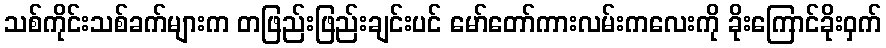
သစ်ကိုင်းသစ်ခက်များက တဖြည်းဖြည်းချင်းပင် မော်တော်ကားလမ်းကလေးကို ခိုးကြောင်ခိုးဝှက်